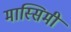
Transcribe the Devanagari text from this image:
मास्सिमी